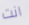
انت